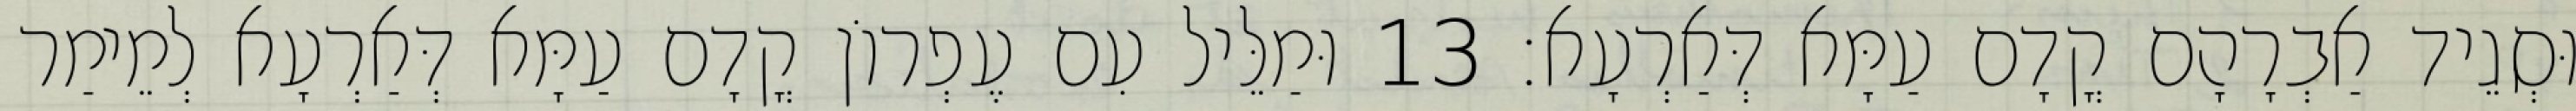
וּסְגֵיד אַבְרָהָם קֳדָם עַמָּא דְּאַרְעָא׃ 13 וּמַלֵּיל עִם עֶפְרוֹן קֳדָם עַמָּא דְּאַרְעָא לְמֵימַר